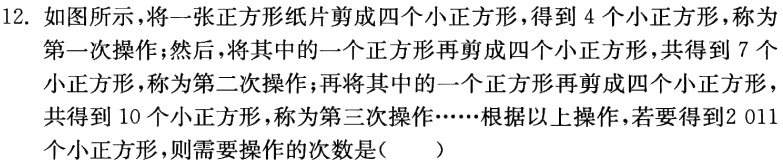
12. 如图所示，将一张正方形纸片剪成四个小正方形，得到 4 个小正方形，称为
第一次操作；然后，将其中的一个正方形再剪成四个小正方形，共得到 7 个
小正方形，称为第二次操作；再将其中的一个正方形再剪成四个小正方形，
共得到 10 个小正方形，称为第三次操作……根据以上操作，若要得到2 011
个小正方形，则需要操作的次数是（  ）